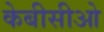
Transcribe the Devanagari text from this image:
केबीसीओ